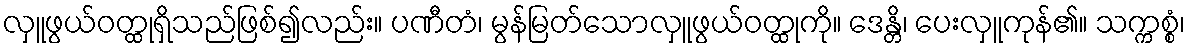
လှူဖွယ်ဝတ္ထုရှိသည်ဖြစ်၍လည်း။ ပဏီတံ၊ မွန်မြတ်သောလှူဖွယ်ဝတ္ထုကို။ ဒေန္တိ၊ ပေးလှူကုန်၏။ သက္ကစ္စံ၊